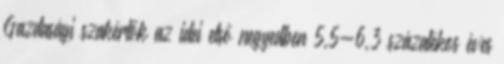
Gazdasági szakértők az idei első negyedben 5,5-6,3 százalékos éves